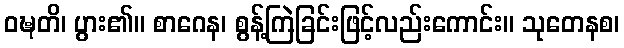
ဝဍ္ဎတိ၊ ပွား၏။ စာဂေန၊ စွန့်ကြဲခြင်းဖြင့်လည်းကောင်း။ သုတေနစ၊